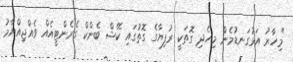
"މިހާރު އަޅުގަނޑުމެން މިހެދި ގޮތަކީ ރުފިޔާގެ ގޮތުގައި ކޭޝް ބެންކް ގެރެންޓީއެއް ވެއްޖިއްޔާމު